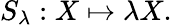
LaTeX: S_{\lambda}:X\mapsto\lambda X.